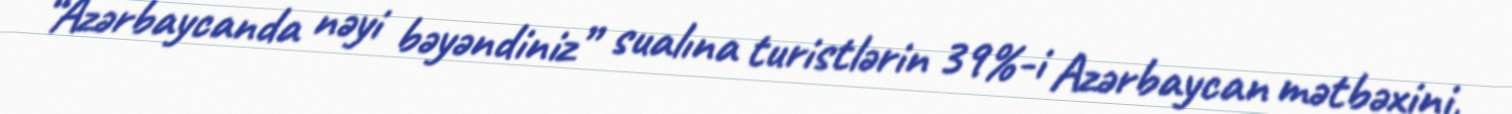
“Azərbaycanda nəyi bəyəndiniz” sualına turistlərin 39%-i Azərbaycan mətbəxini,